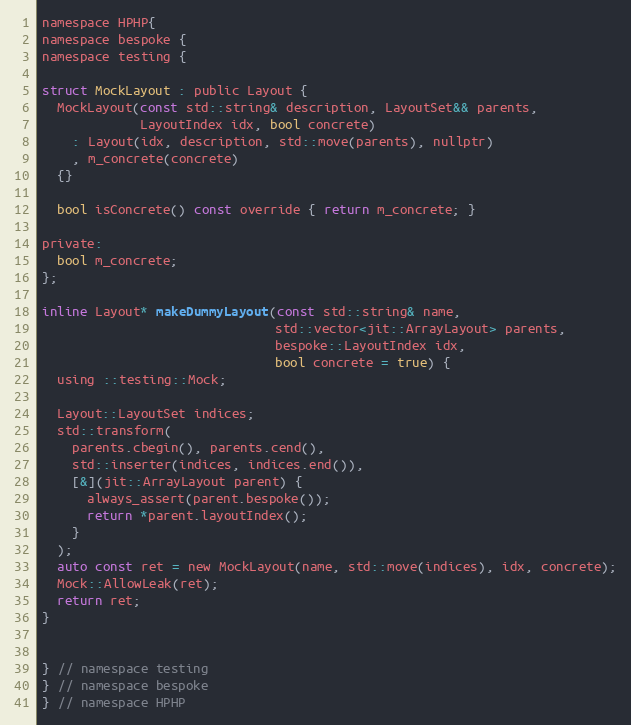
Language: C
namespace HPHP{
namespace bespoke {
namespace testing {

struct MockLayout : public Layout {
  MockLayout(const std::string& description, LayoutSet&& parents,
             LayoutIndex idx, bool concrete)
    : Layout(idx, description, std::move(parents), nullptr)
    , m_concrete(concrete)
  {}

  bool isConcrete() const override { return m_concrete; }

private:
  bool m_concrete;
};

inline Layout* makeDummyLayout(const std::string& name,
                               std::vector<jit::ArrayLayout> parents,
                               bespoke::LayoutIndex idx,
                               bool concrete = true) {
  using ::testing::Mock;

  Layout::LayoutSet indices;
  std::transform(
    parents.cbegin(), parents.cend(),
    std::inserter(indices, indices.end()),
    [&](jit::ArrayLayout parent) {
      always_assert(parent.bespoke());
      return *parent.layoutIndex();
    }
  );
  auto const ret = new MockLayout(name, std::move(indices), idx, concrete);
  Mock::AllowLeak(ret);
  return ret;
}

} // namespace testing
} // namespace bespoke
} // namespace HPHP